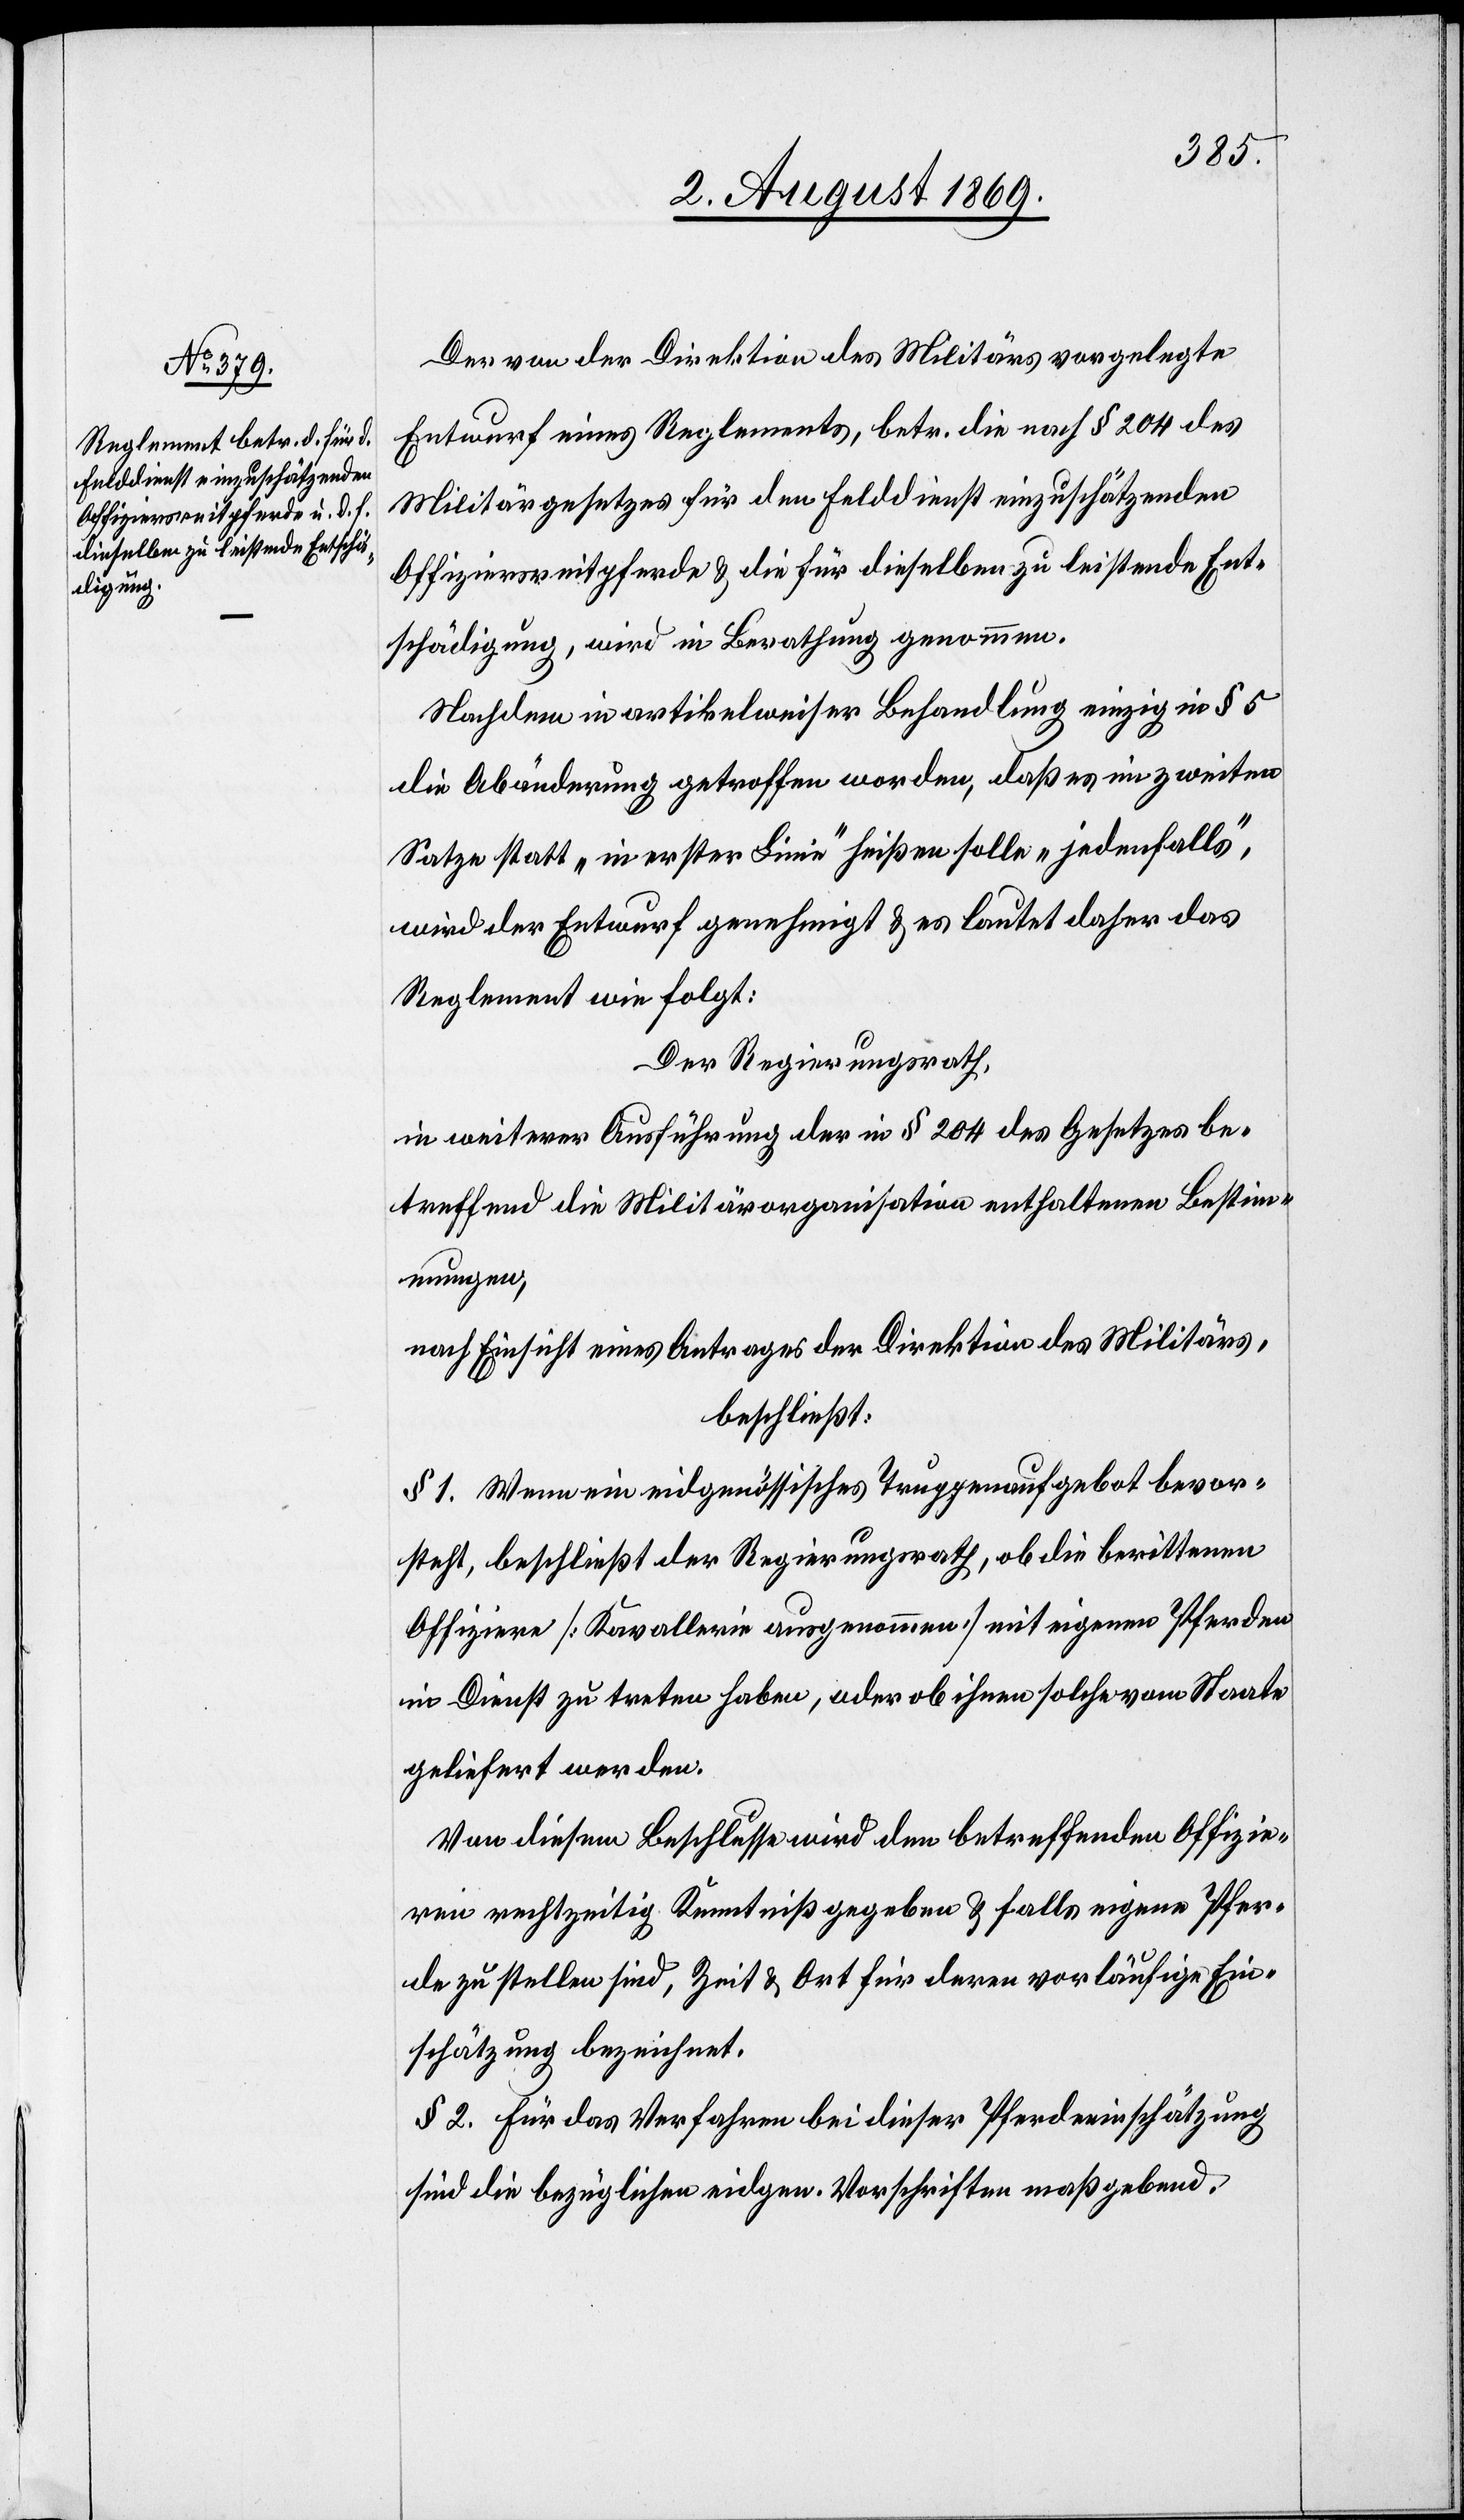
Der von der Direktion des Militärs vorgelegte
Entwurf eines Reglements, betr. die nach § 204 des
Militärgesetzes für den Felddienst einzuschätzenden
Offiziersreitpferde & die für dieselben zu leistende Ent¬
schädigung, wird in Berathung genommen.
Nachdem in artikelweiser Behandlung einzig in § 5
die Abänderung getroffen worden, daß es im zweiten
Satze statt „in erster Linie“ heißen solle „jedenfalls“,
wird der Entwurf genehmigt & es lautet daher das
Reglement wie folgt:
Der Regierungsrath,
in weiterer Ausführung der in § 204 des Gesetzes be¬
treffend die Militärorganisation enthaltenen Bestim¬
mungen,
nach Einsicht eines Antrages der Direktion des Militärs,
beschließt:
§ 1. Wenn ein eidgenössisches Truppenaufgebot bevor¬
steht, beschließt der Regierungsrath, ob die berittenen
Offiziere [Kavallerie ausgenommen] mit eigenen Pferden
in Dienst zu treten haben, oder ob ihnen solche vom Staate
geliefert werden.
Von diesem Beschlusse wird den betreffenden Offizie¬
ren rechtzeitig Kenntniß gegeben & falls eigene Pfer¬
de zu stellen sind, Zeit & Ort für deren vorläufige Ein¬
schätzung bezeichnet.
§ 2. Für das Verfahren bei dieser Pferdeeinschätzung
sind die bezüglichen eidgen. Vorschriften maßgebend.